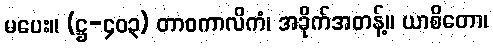
မပေး။ (ဋ္ဌ-၄၀၃) တာဝကာလိကံ၊ အခိုက်အတန့်။ ယာစိတော၊